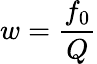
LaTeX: w=\frac{f_{0}}{Q}